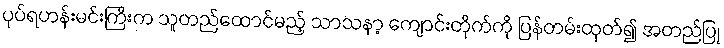
ပုပ်ရဟန်းမင်းကြီးက သူတည်ထောင်မည့် သာသနာ့ ကျောင်းတိုက်ကို ပြန်တမ်းထုတ်၍ အတည်ပြု